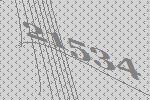
21534